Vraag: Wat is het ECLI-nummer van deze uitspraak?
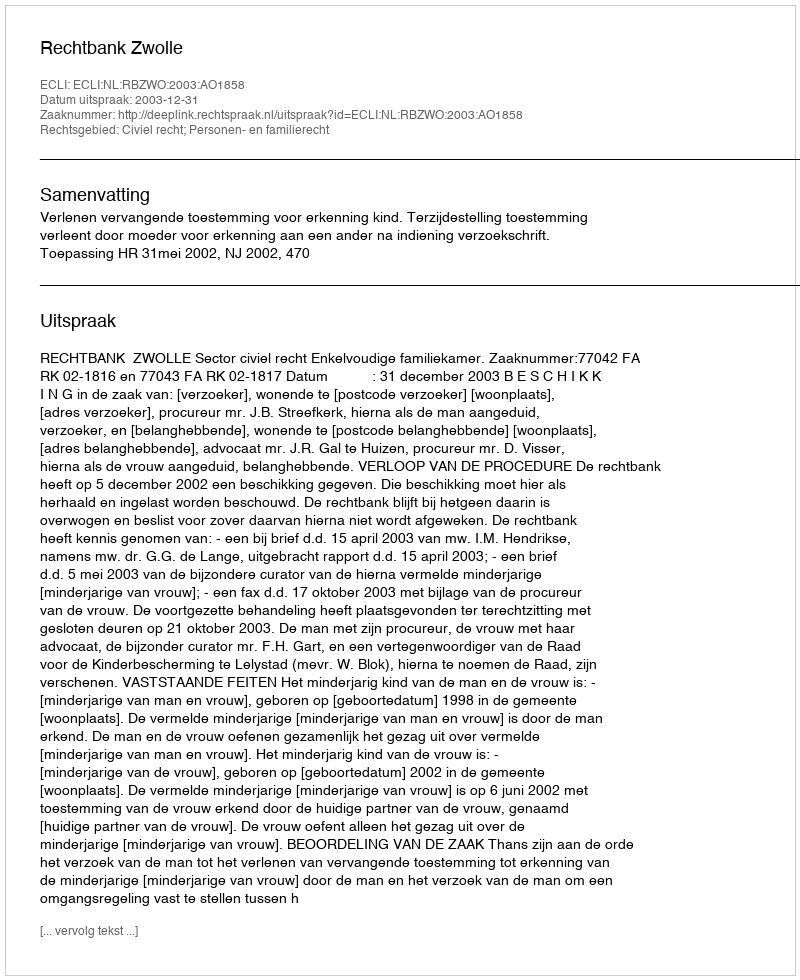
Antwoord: ECLI:NL:RBZWO:2003:AO1858